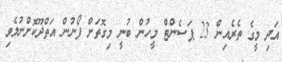
އަދި މީގެ ތެރެއިން 23 ޕަސެންޓް މީހުން ބުނީ މިގޮތަށް ފޯނުން އަތްދޫކޮށްނުލެވި